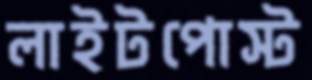
লাইটপোস্ট